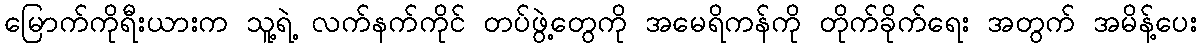
မြောက်ကိုရီးယားက သူ့ရဲ့ လက်နက်ကိုင် တပ်ဖွဲ့တွေကို အမေရိကန်ကို တိုက်ခိုက်ရေး အတွက် အမိန့်ပေး